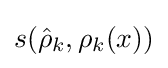
s({\hat {\rho }}_{k},\rho _{k}(x))